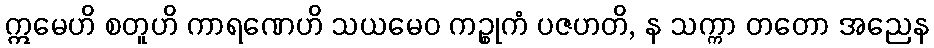
ဣမေဟိ စတူဟိ ကာရဏေဟိ သယမေဝ ကဉ္စုကံ ပဇဟတိ, န သက္ကာ တတော အညေန